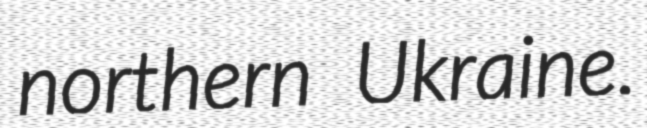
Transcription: northern Ukraine.